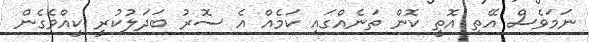
ނަމަވެސް އޭތި އޮތީ ކޮން ތަނެއްގައި ކަމެއް އެ ސޮރު ބަދަލުކުރީ ކީއްވެގެން